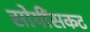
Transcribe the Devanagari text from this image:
सोयींसकट